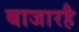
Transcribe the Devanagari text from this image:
बाजारहै